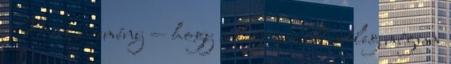
Mert a remény — hogy a legrosszabb esetleg mégsem